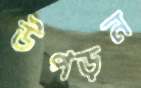
উপড়ন